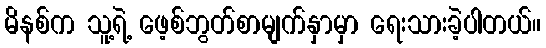
မိနစ်က သူ့ရဲ့ ဖေ့စ်ဘွတ်စာမျက်နှာမှာ ရေးသားခဲ့ပါတယ်။